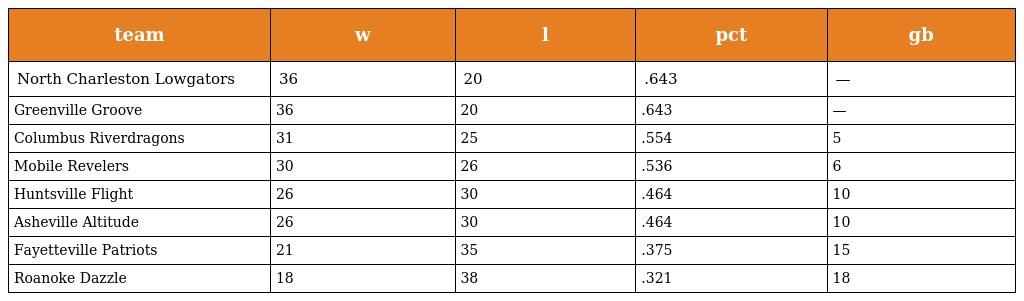
| team | w | l | pct | gb |
 | --- | --- | --- | --- | --- |
 | North Charleston Lowgators | 36 | 20 | .643 | — |
 | Greenville Groove | 36 | 20 | .643 | — |
 | Columbus Riverdragons | 31 | 25 | .554 | 5 |
 | Mobile Revelers | 30 | 26 | .536 | 6 |
 | Huntsville Flight | 26 | 30 | .464 | 10 |
 | Asheville Altitude | 26 | 30 | .464 | 10 |
 | Fayetteville Patriots | 21 | 35 | .375 | 15 |
 | Roanoke Dazzle | 18 | 38 | .321 | 18 |